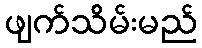
ဖျက်သိမ်းမည်